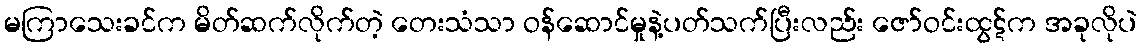
မကြာသေးခင်က မိတ်ဆက်လိုက်တဲ့ တေးသံသာ ဝန်ဆောင်မှုနဲ့ပတ်သက်ပြီးလည်း ဇော်ဝင်းထွဋ်က အခုလိုပဲ